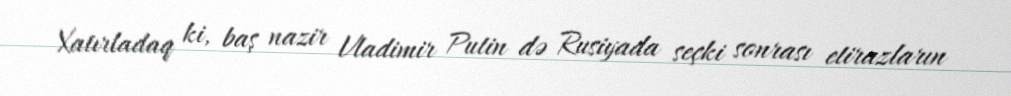
Xatırladaq ki, baş nazir Vladimir Putin də Rusiyada seçki sonrası etirazların